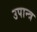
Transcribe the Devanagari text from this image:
उपान्त्र